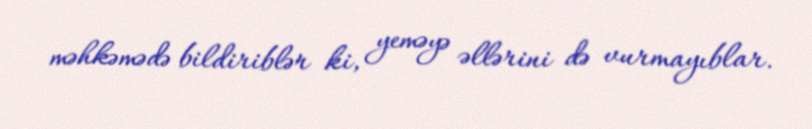
məhkəmədə bildiriblər ki, yeməyə əllərini də vurmayıblar.